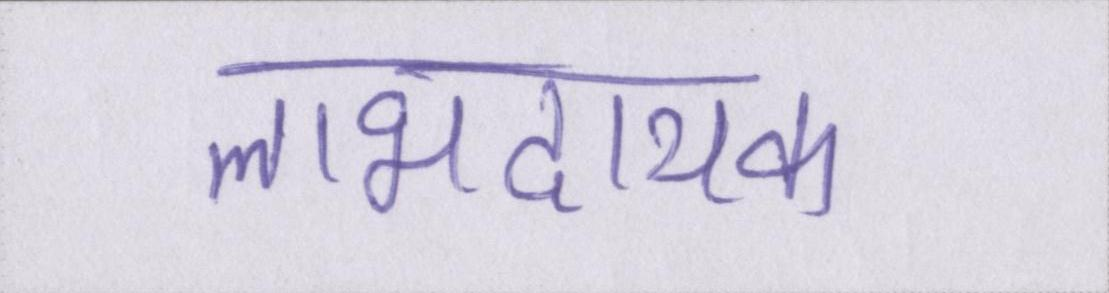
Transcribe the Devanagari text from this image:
लाभदायक